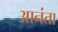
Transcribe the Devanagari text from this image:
आनंता